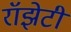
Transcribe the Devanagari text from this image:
रॉझेटी